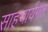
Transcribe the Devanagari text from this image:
साहचार्यगत